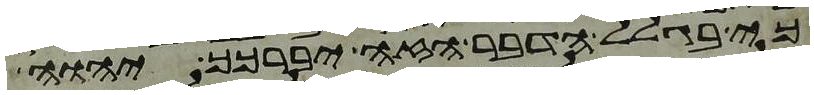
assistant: כי בגלל הדבר הזה יברכך יהוה